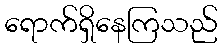
ရောက်ရှိနေကြသည်